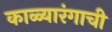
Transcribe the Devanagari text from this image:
काळ्यारंगाची